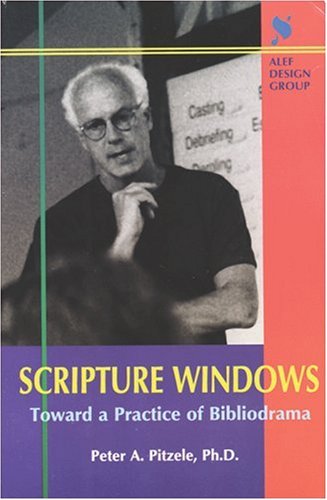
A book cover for Scripture Windows: Toward a Practice of Bibliodrama; Peter A. Pitzele; Literature & Fiction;